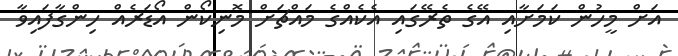
އަށް މީހުން ކަމަށާއި އޭގެ ތެރޭގައި އެކެއްގެ މައްޗަށް މޮނިކޯން އޯޑަރެއް ހިންގާފައިވާ